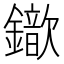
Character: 𨮈